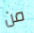
من